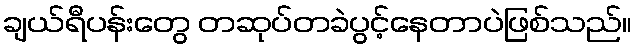
ချယ်ရီပန်းတွေ တဆုပ်တခဲပွင့်နေတာပဲဖြစ်သည်။